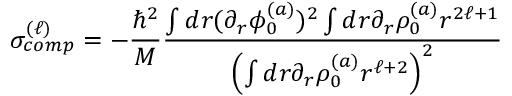
\sigma _ { c o m p } ^ { ( \ell ) } = - \frac { \hbar ^ { 2 } } { M } \frac { \int d r ( \partial _ { r } \phi _ { 0 } ^ { ( a ) } ) ^ { 2 } \int d r \partial _ { r } \rho _ { 0 } ^ { ( a ) } r ^ { 2 \ell + 1 } } { \left( \int d r \partial _ { r } \rho _ { 0 } ^ { ( a ) } r ^ { \ell + 2 } \right) ^ { 2 } }